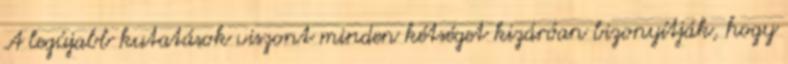
A legújabb kutatások viszont minden kétséget kizáróan bizonyítják, hogy